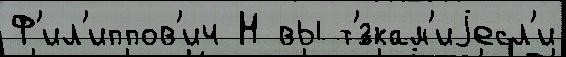
Ф'ил'иппов'ич Н вы т'́зкам'иjесл'и